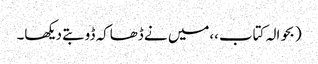
(بحوالہ کتاب،،میں نے ڈھاکہ ڈوبتے دیکھا۔